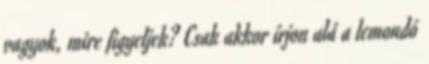
vagyok, mire figyeljek? Csak akkor írjon alá a lemondó